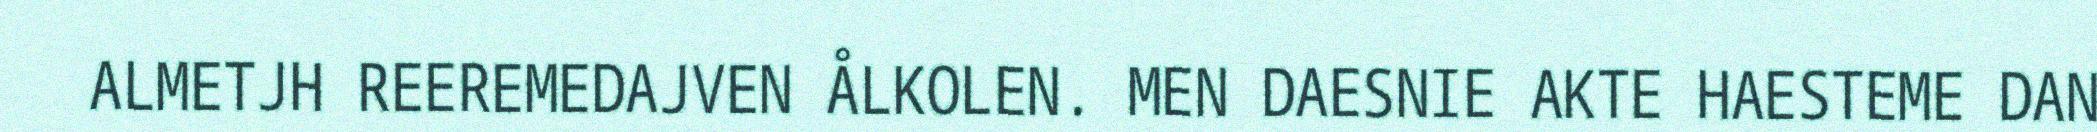
ALMETJH REEREMEDAJVEN ÅLKOLEN. MEN DAESNIE AKTE HAESTEME DAN